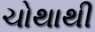
ચોથાથી